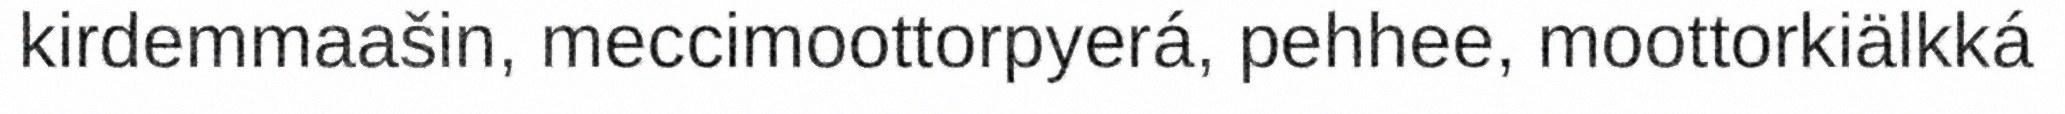
kirdemmaašin, meccimoottorpyerá, pehhee, moottorkiälkká